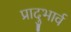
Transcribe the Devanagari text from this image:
प्रादुभार्व